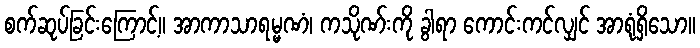
စက်ဆုပ်ခြင်းကြောင့်။ အာကာသာရမ္မဏံ၊ ကသိုဏ်းကို ခွါရာ ကောင်းကင်လျှင် အာရုံရှိသော။